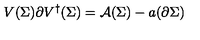
V ( \Sigma ) \partial V ^ { \dagger } ( \Sigma ) = { \cal A } ( \Sigma ) - a ( \partial \Sigma )